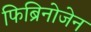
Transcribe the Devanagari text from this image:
फिब्रिनोजेन